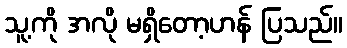
သူ့ကို အလို မရှိတော့ဟန် ပြသည်။